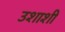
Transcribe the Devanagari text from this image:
उशाशी